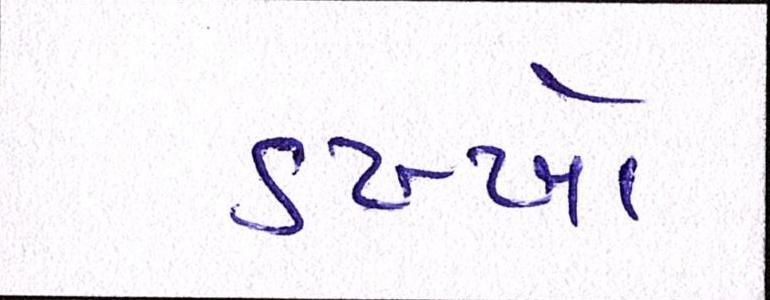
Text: ડખ્ખો